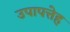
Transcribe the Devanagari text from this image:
उपापत्तेह